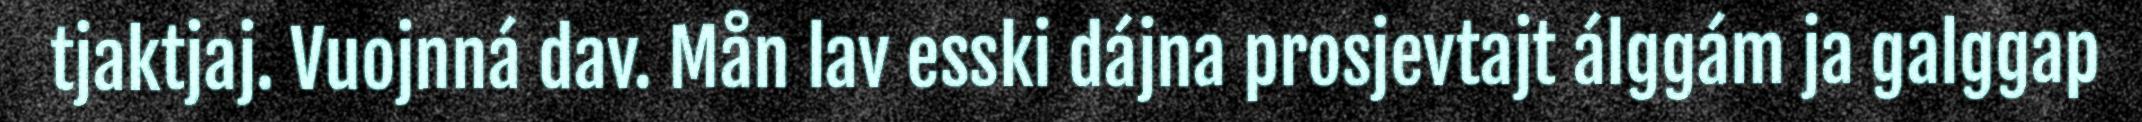
tjaktjaj. Vuojnná dav. Mån lav esski dájna prosjevtajt álggám ja galggap